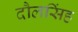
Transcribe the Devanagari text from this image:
दौलसिंह